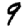
Digit: 9